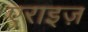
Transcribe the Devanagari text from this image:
एराइज़